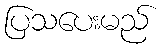
ပြသပေးမည်